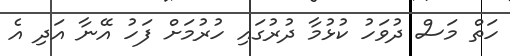
ހަތް މަސް ދުވަހު ކުޅުމާ ދުރުގައި ހުރުމަށް ފަހު އޭނާ އަދި އެ